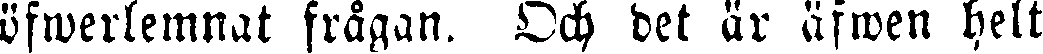
öftverlemnat frågan. Och det är äfwen helt